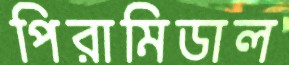
পিরামিডাল